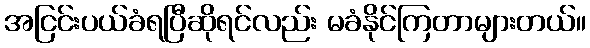
အငြင်းပယ်ခံရပြီဆိုရင်လည်း မခံနိုင်ကြတာများတယ်။